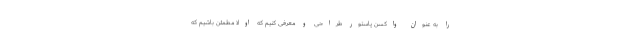
را به عنوان واکسن پاستور طراحی و معرفی کنیم که اولا مطمئن باشیم که